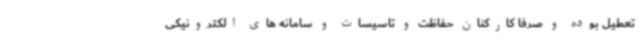
تعطیل بوده و صرفا کارکنان حفاظت و تاسیسات و سامانه های الکترونیکی